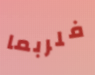
فلربما